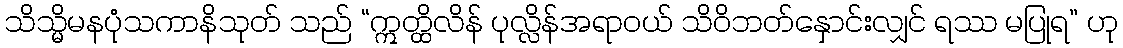
သိသ္မိမနပုံသကာနိသုတ် သည် “ဣတ္ထိလိန် ပုလ္လိန်အရာဝယ် သိဝိဘတ်နှောင်းလျှင် ရဿ မပြုရ” ဟု